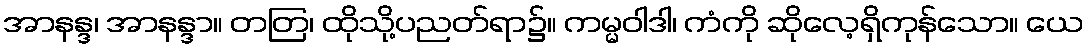
အာနန္ဒ၊ အာနန္ဒာ။ တတြ၊ ထိုသို့ပညတ်ရာ၌။ ကမ္မဝါဒါ၊ ကံကို ဆိုလေ့ရှိကုန်သော။ ယေ